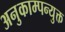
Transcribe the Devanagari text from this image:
अनुकाम्पन्युक्त